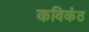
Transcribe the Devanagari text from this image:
कविकंठ